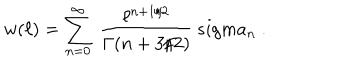
LaTeX: w ( \ell ) = \sum _ { n = 0 } ^ { \infty } \ { \frac { \ell ^ { n + 1 / 2 } } { \Gamma ( n + 3 / 2 ) } } \, s i g m a _ { n } \ .